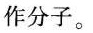
作分子。